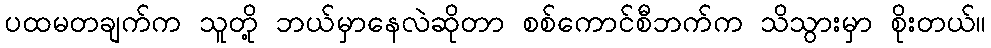
ပထမတချက်က သူတို့ ဘယ်မှာနေလဲဆိုတာ စစ်ကောင်စီဘက်က သိသွားမှာ စိုးတယ်။